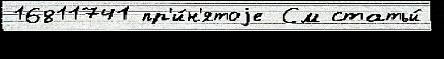
16811741 пр'и́н'ятоjе См статьи́